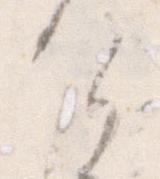
け